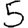
Digit: 5